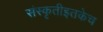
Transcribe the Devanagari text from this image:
संस्कृतीइतकेच